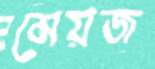
মেয়জ